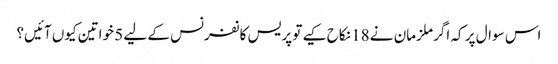
اس سوال پر کہ اگر ملزمان نے 18 نکاح کیے تو پریس کانفرنس کے لیے 5 خواتین کیوں آئیں؟